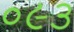
૦૯૩